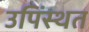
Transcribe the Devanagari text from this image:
उपिंस्थत